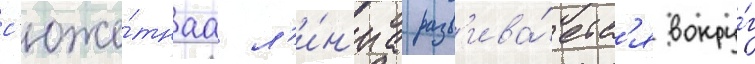
с'юже́тнаа л'и́н'иа разв'ива́етс'я вокру́г